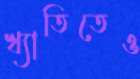
খ্যাতিতেও